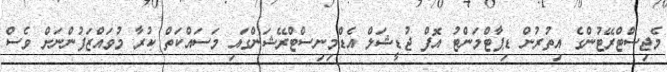
މެޖިސްޓްރޭޓުންގެ އިތުރުން ޑިޕާޓްމަންޓު އޮފް ޖުޑީޝަލް އެޑްމިނިސްޓްރޭޝަންގައި މަސައްކަތް ކުރާ މުވައްޒަފުންނަށް ވެސް